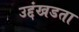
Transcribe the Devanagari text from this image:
उद्दंखडता